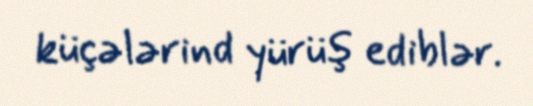
küçələrind yürüş ediblər.